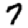
Digit: 7